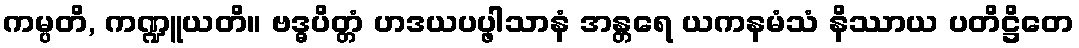
ကမ္ပတိ, ကဏ္ဍူယတိ။ ဗဒ္ဓပိတ္တံ ဟဒယပပ္ဖါသာနံ အန္တရေ ယကနမံသံ နိဿာယ ပတိဋ္ဌိတေ